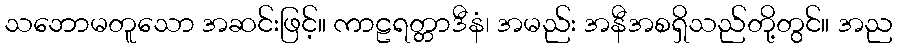
သဘောမတူသော အဆင်းဖြင့်။ ကာဠရတ္တာဒီနံ၊ အမည်း အနီအစရှိသည်တို့တွင်။ အည